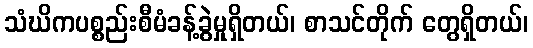
သံဃိကပစ္စည်းစီမံခန့်ခွဲမှုရှိတယ်၊ စာသင်တိုက် တွေရှိတယ်၊